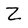
Character: Z